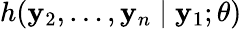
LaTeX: h(\mathbf{y}_{2},\dots,\mathbf{y}_{n}\mid\mathbf{y}_{1};\theta)